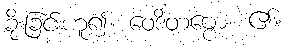
ခိုးခြင်းဟူ၍။ ဝေဒိတဗ္ဗော၊ ၏။